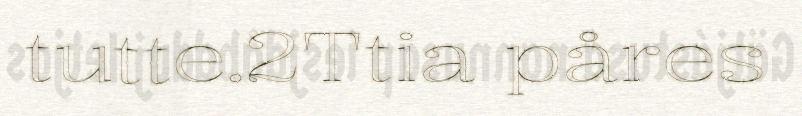
tutte.2Ttia påres